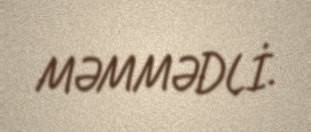
MƏMMƏDLİ.